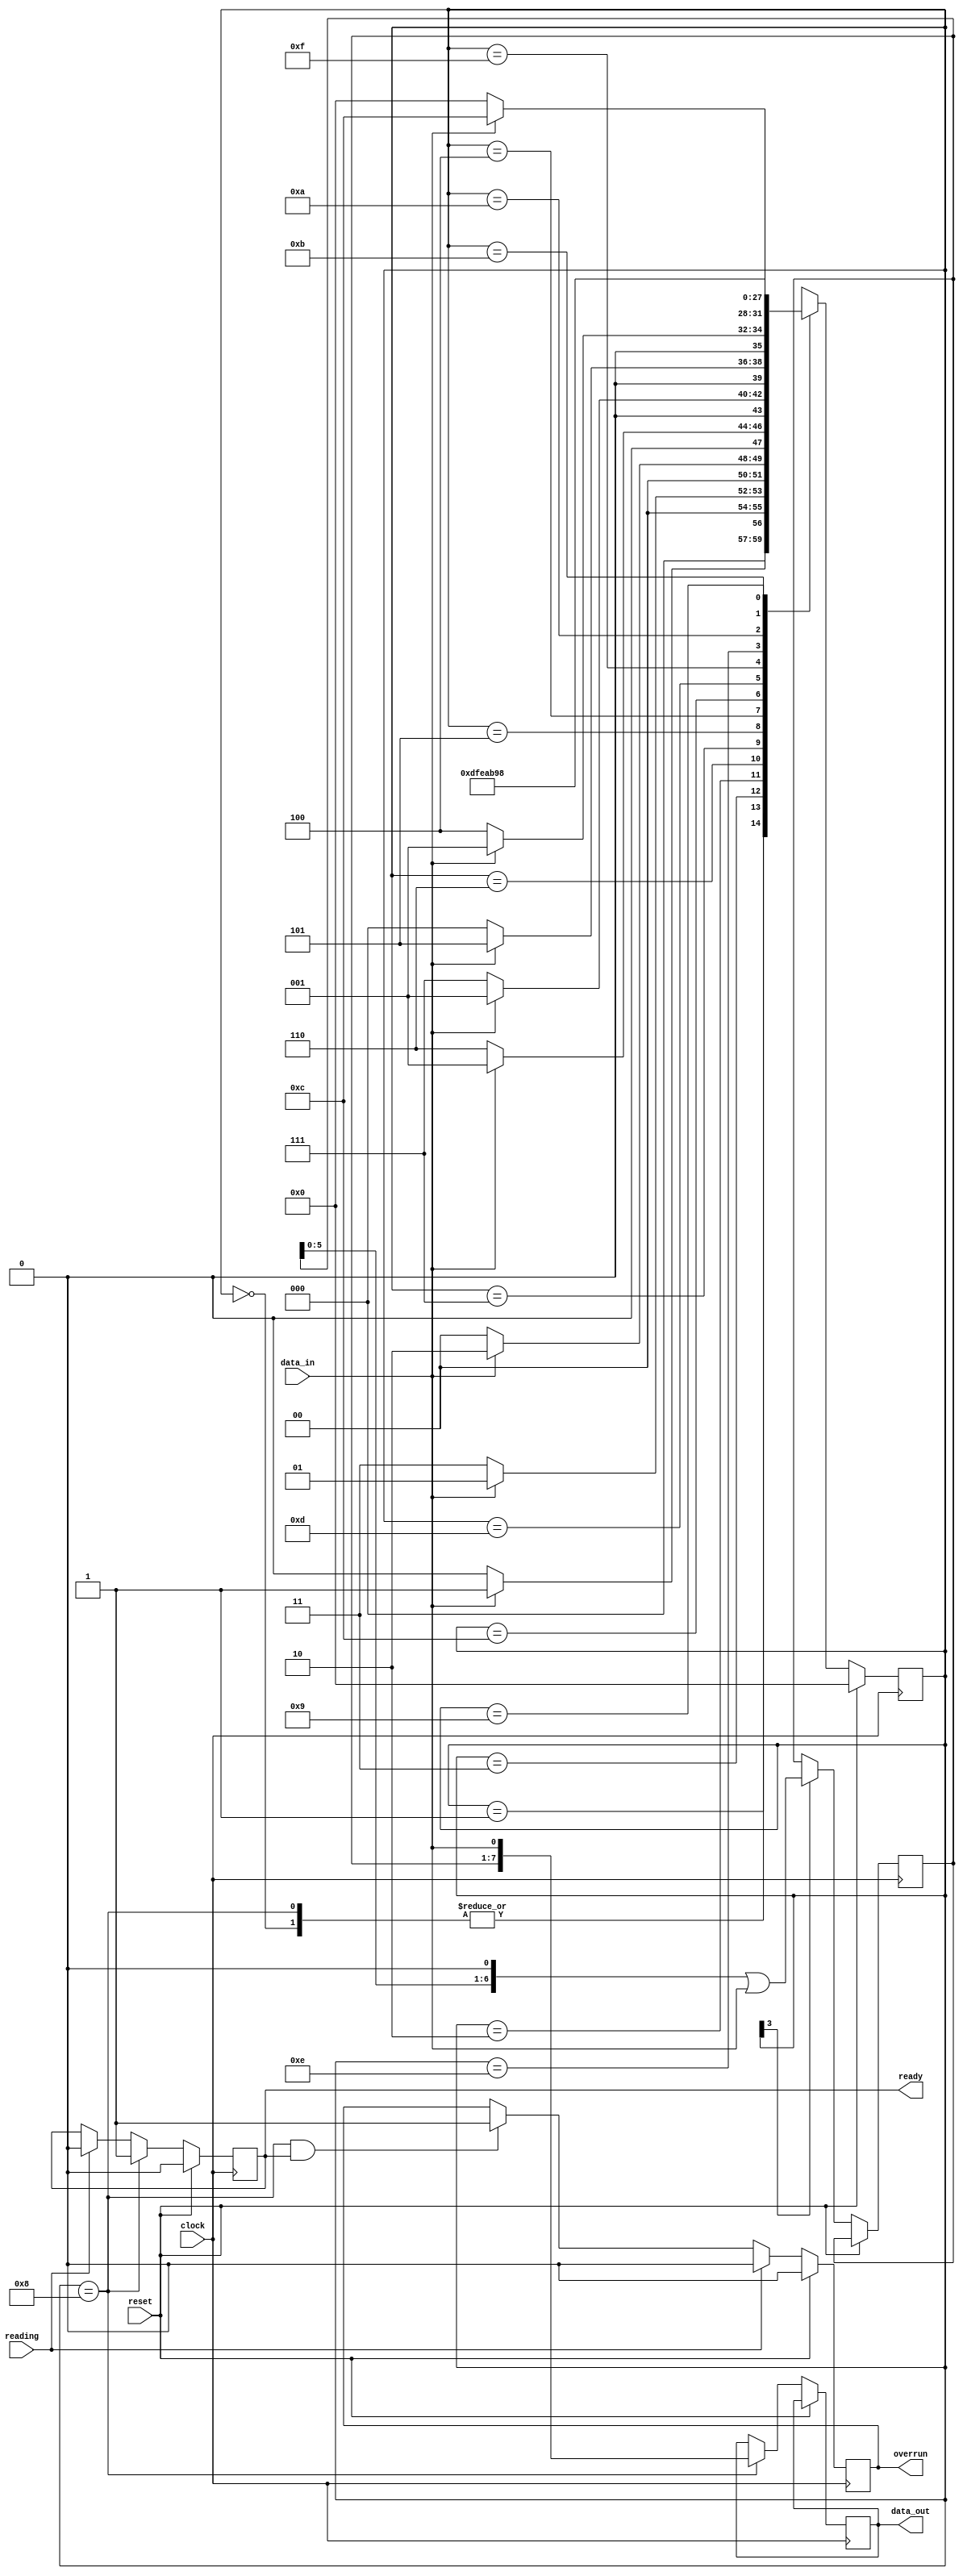
module rcvr
(
  input  wire      clock   ,
  input  wire      reset   ,
  input  wire      data_in ,
  input  wire      reading ,
  output reg       ready   ,
  output reg       overrun ,
  output reg [7:0] data_out
);

  // For proper operation the FSM must hard-code the MATCH
  localparam [7:0] MATCH = 8'hA5 ; // 10100101

  reg [3:0] state ;

  // Opportunity for Gray encoding as path is mostly linear
  localparam [3:0] HEAD1=4'b0000, HEAD2=4'b0001, HEAD3=4'b0011, HEAD4=4'b0010,
                   HEAD5=4'b0110, HEAD6=4'b0111, HEAD7=4'b0101, HEAD8=4'b0100,
                   BODY1=4'b1100, BODY2=4'b1101, BODY3=4'b1111, BODY4=4'b1110,
                   BODY5=4'b1010, BODY6=4'b1011, BODY7=4'b1001, BODY8=4'b1000;

  reg [6:0] body_reg ;

  always @(posedge clock)

    if (reset) begin

        // CLEAR ALL CONTROL REGISTERS TO INACTIVE STATE (IGNORE DATA REGISTERS)
      state <= HEAD1;
      ready <= 1'b0;
      overrun <= 1'b0;
    end

    else begin

        // WHEN IN EACH STATE WHAT MOVES FSM TO WHAT NEXT STATE?
        case ( state )
          HEAD1, BODY8: state <= (data_in == MATCH[0]) ? HEAD2 : HEAD1;
          HEAD2: state <= (data_in == MATCH[1]) ? HEAD3 : ((data_in == MATCH[0]) ? HEAD2 : HEAD1);
          HEAD3: state <= (data_in == MATCH[2]) ? HEAD4 : ((data_in == MATCH[0]) ? HEAD2 : HEAD1);
          HEAD4: state <= (data_in == MATCH[3]) ? HEAD5 : ((data_in == MATCH[0]) ? HEAD2 : HEAD1);
          HEAD5: state <= (data_in == MATCH[4]) ? HEAD6 : ((data_in == MATCH[0]) ? HEAD2 : HEAD1);
          HEAD6: state <= (data_in == MATCH[5]) ? HEAD7 : ((data_in == MATCH[0]) ? HEAD2 : HEAD1);
          HEAD7: state <= (data_in == MATCH[6]) ? HEAD8 : ((data_in == MATCH[0]) ? HEAD2 : HEAD1);
          HEAD8: state <= (data_in == MATCH[7]) ? BODY1 : ((data_in == MATCH[0]) ? HEAD2 : HEAD1);
          BODY1: state <= BODY2;
          BODY2: state <= BODY3;
          BODY3: state <= BODY4;
          BODY4: state <= BODY5;
          BODY5: state <= BODY6;
          BODY6: state <= BODY7;
          BODY7: state <= BODY8;
        endcase

        // IF STATE IS BODY? THEN SHIFT DATA INPUT LEFT INTO BODY REGISTER
        if(state[3] == 1'b1) begin
          body_reg <= (body_reg << 1) | {6'd0, data_in};
        end

        // IF STATE IS BODY8 THEN COPY CONCATENATION OF BODY REGISTER AND INPUT
        // DATA TO OUTPUT REGISTER
        if(state == BODY8)
          data_out <= {body_reg, data_in};
        // IF STATE IS BODY8 THEN SET READY ELSE IF READING THEN CLEAR READY
        if(state == BODY8) ready <= 1'b1;
        else if(reading) ready <= 1'b0;

        // IF READING THEN CLEAR OVERRUN, ELSE
        // IF STATE IS BODY8 AND STILL READY THEN SET OVERRUN
        if(reading) overrun <= 1'b0;
        else if(state == BODY8 && ready) overrun <= 1'b1;
      end

endmodule